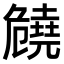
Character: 𠨪